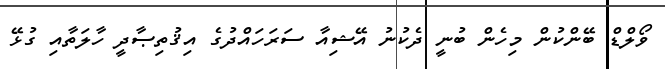
ވޯލްޑް ބޭންކުން މިހެން ބުނީ ދެކުނު އޭޝިއާ ސަރަހައްދުގެ އިޤުތިޞާދީ ހާލަތާއި ގުޅޭ